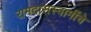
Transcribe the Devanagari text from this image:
रामदासस्वामींचे